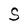
Character: S